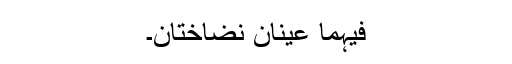
فیہِما عَیْنانِ نَضَّاخَتانِ۔